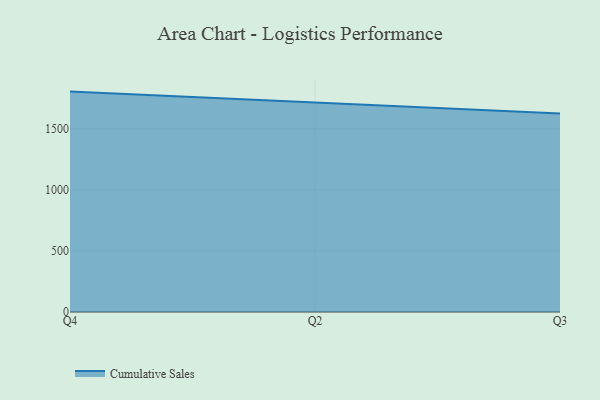
{"axis": {"x": "Quarter", "y": "Bounce Rate (%)"}, "legend": ["Cumulative Sales"], "data": [{"x": "Q4", "y": 1805.2, "type": "Cumulative Sales"}, {"x": "Q2", "y": 1713.1, "type": "Cumulative Sales"}, {"x": "Q3", "y": 1626.8, "type": "Cumulative Sales"}]}